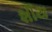
શીય